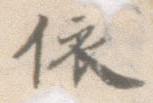
依